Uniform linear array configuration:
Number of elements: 16
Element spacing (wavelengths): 1
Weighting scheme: uniform
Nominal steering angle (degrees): -30
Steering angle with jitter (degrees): -30.307
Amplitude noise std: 0.05
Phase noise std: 0.05

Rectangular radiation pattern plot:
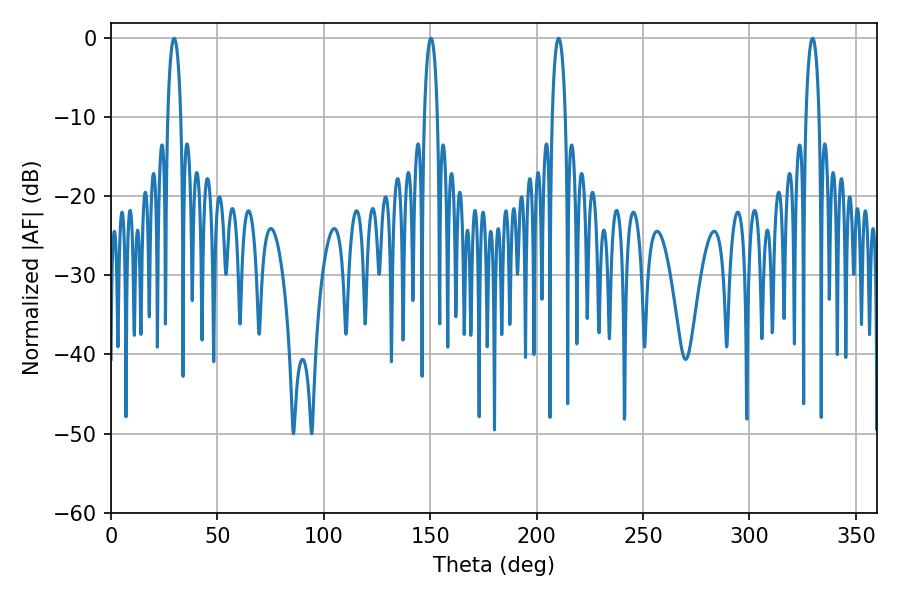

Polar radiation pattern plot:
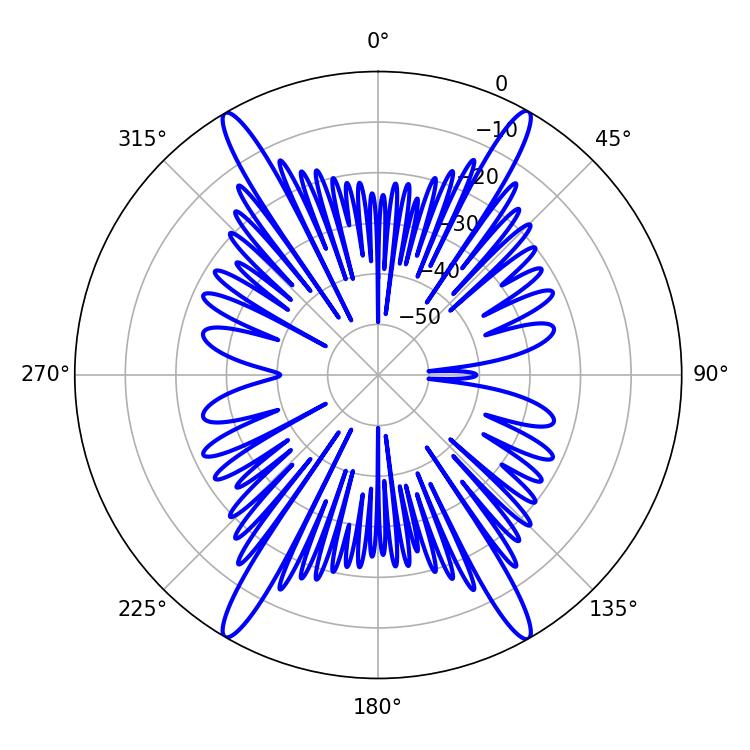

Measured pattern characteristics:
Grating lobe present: TRUE
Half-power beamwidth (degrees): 3.6
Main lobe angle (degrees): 150.3